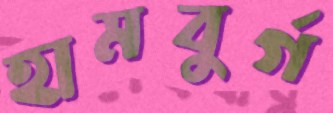
হামবুর্গ